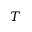
T